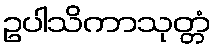
ဥပါသိကာသုတ္တံ